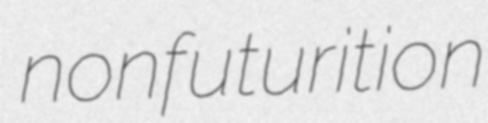
nonfuturition